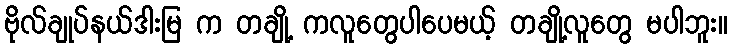
ဗိုလ်ချုပ်နယ်ဒါးမြ က တချို့ ကလူတွေပါပေမယ့် တချို့လူတွေ မပါဘူး။